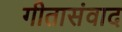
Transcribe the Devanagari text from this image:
गीतासंवाद